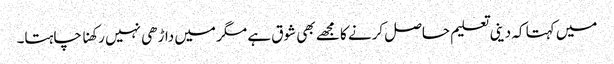
میں کہتا کہ دینی تعلیم حاصل کرنے کا مجھے بھی شوق ہے مگر میں داڑھی نہیں رکھنا چاہتا۔